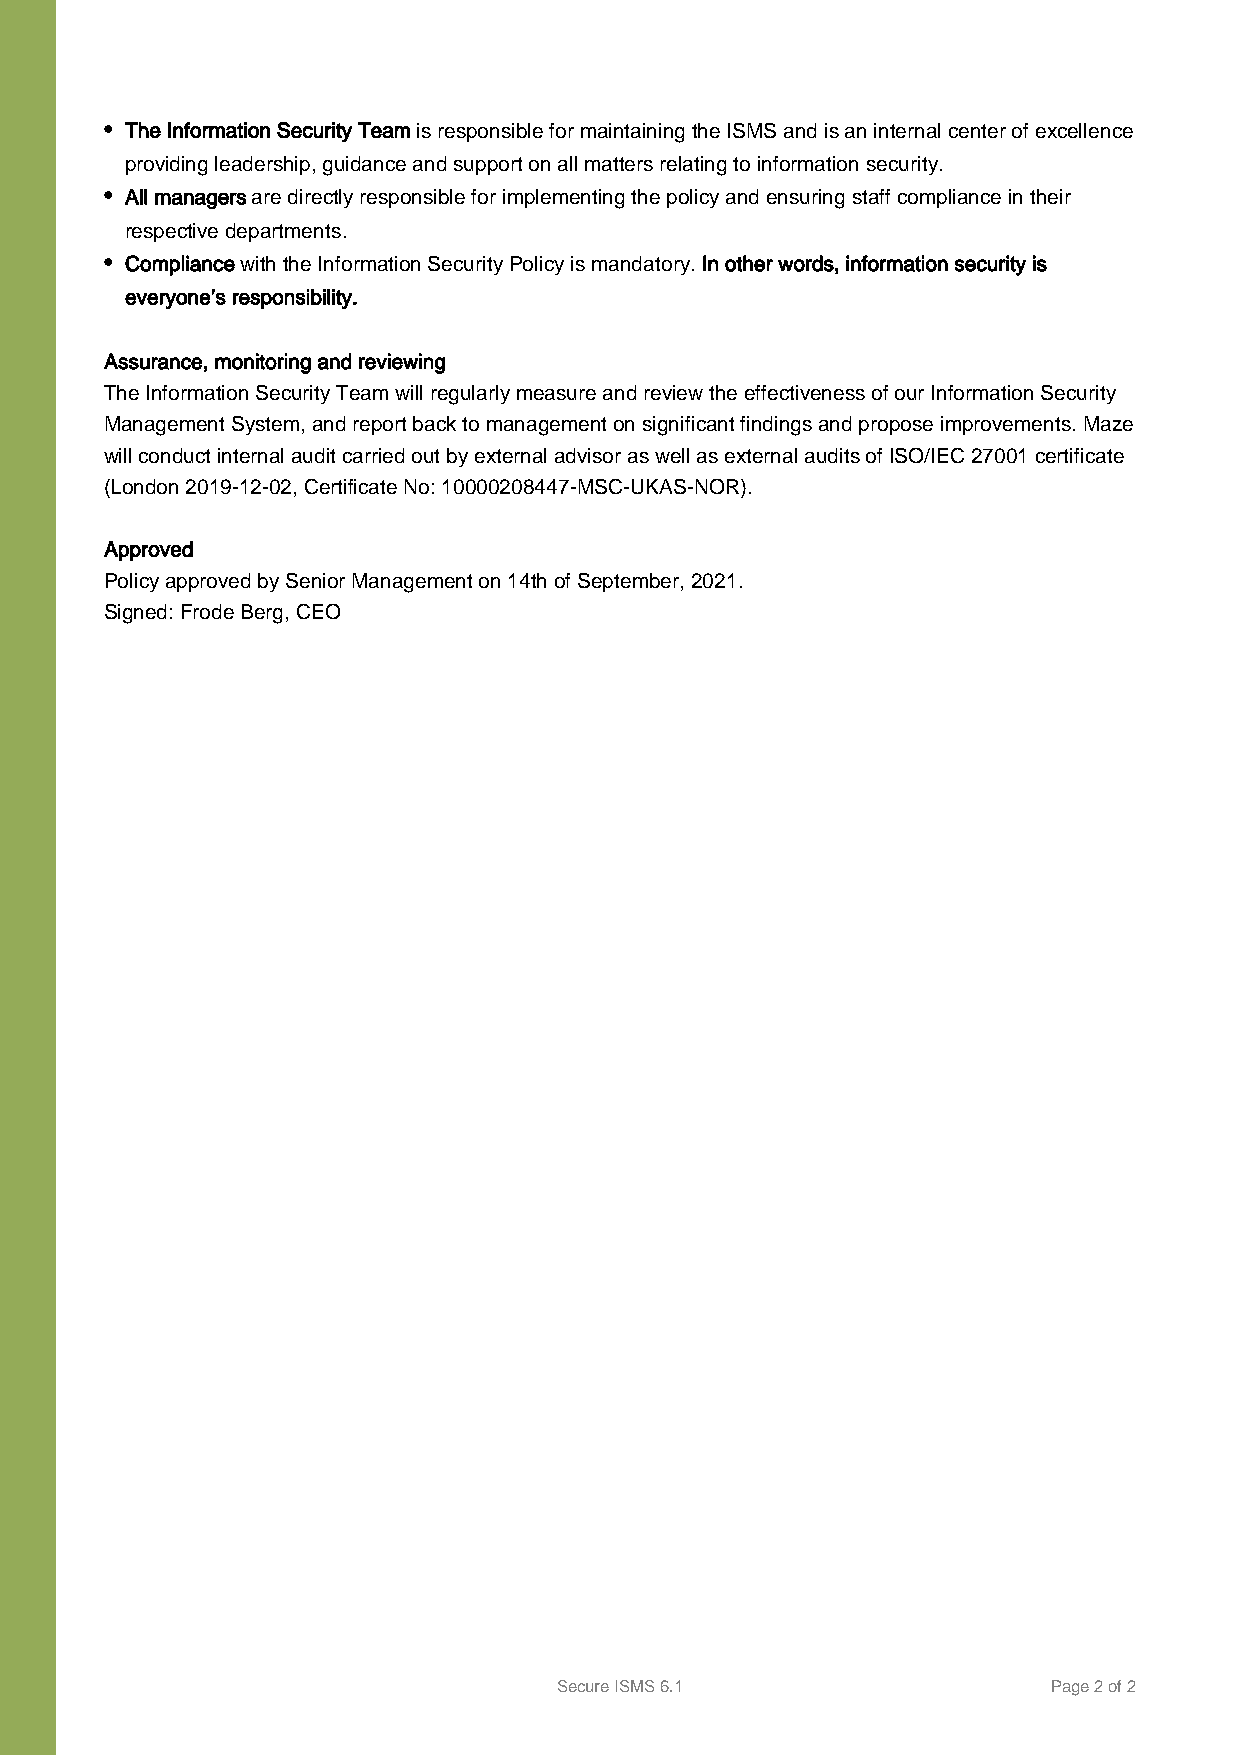
• The Information Security Team is responsible for maintaining the ISMS and is an internal center of excellence
 providing leadership, guidance and support on all matters relating to information security.
 • All managers are directly responsible for implementing the policy and ensuring staff compliance in their
 respective departments.
 • Compliance with the Information Security Policy is mandatory. In other words, information security is
 everyone’s responsibility.
 Assurance, monitoring and reviewing
 The Information Security Team will regularly measure and review the effectiveness of our Information Security
 Management System, and report back to management on significant findings and propose improvements. Maze
 will conduct internal audit carried out by external advisor as well as external audits of ISO/IEC 27001 certificate
 (London 2019-12-02, Certificate No: 10000208447-MSC-UKAS-NOR).
 Approved
 Policy approved by Senior Management on 14th of September, 2021.
 Signed: Frode Berg, CEO
 Secure ISMS 6.1                  Page 2 of 2